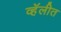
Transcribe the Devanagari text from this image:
व्हॅलीत